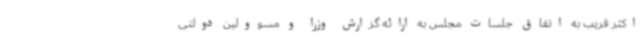
اکثر قریب به اتفاق جلسات مجلس به ارائه گزارش وزرا و مسوولین دولتی